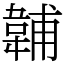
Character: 䪔